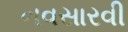
નવસારવી